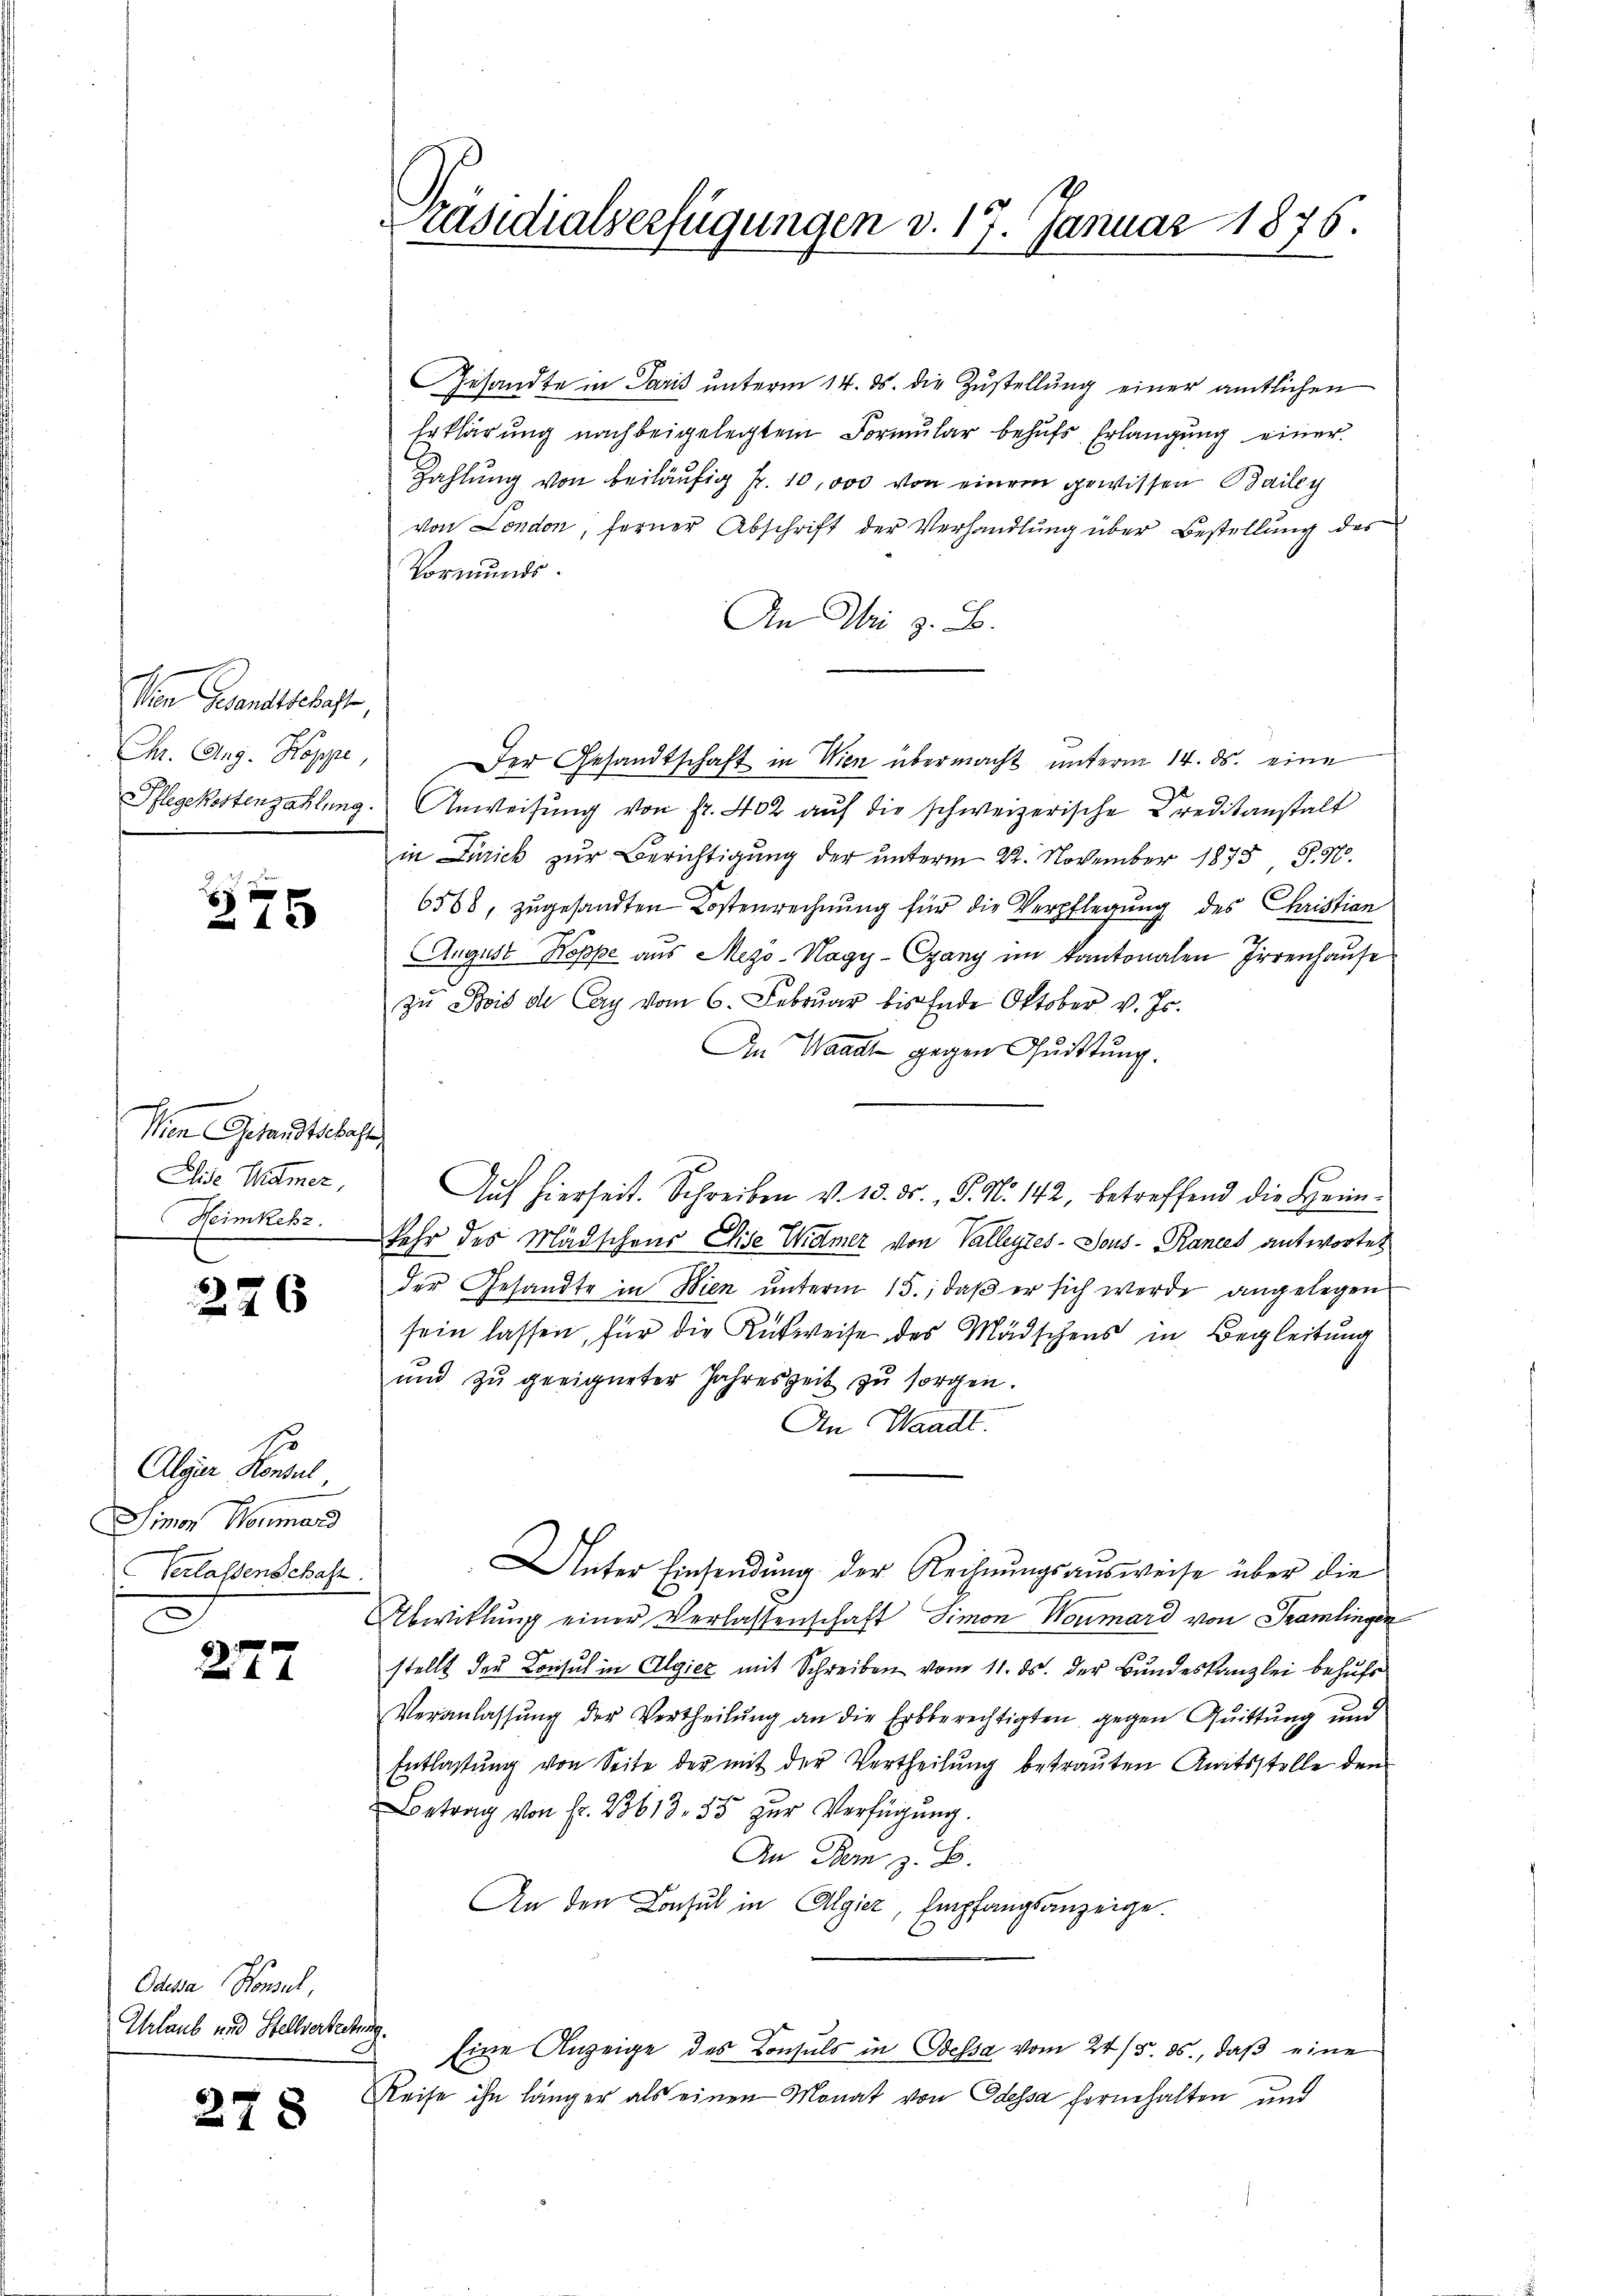
Von Gesandtschaft,
Chr. Aug. Koppe,

375

Wien Gesandtschaft
Elise Widmer,
Heimkehz.

226

E
Algur, Konsul,
Simon Neumard
Verlassenschaft.

277.

Odena Konsul,
Urlaub und Stellvertretung.

278

Gesandte in Paris unterm 14. ds. die Zustellung einer amtlichen
Erklärung nach beigelegtem Formŭlar behŭfs Erlangung einer
Zahlung von beiläufig pr. 10,000 von einem gewissen Bailey
von London, ferner Abschrift der Verhandlung über Bestellung des
Vormunds
An Wir z. B.
Der Gesandtschaft in Wien übermacht unterm 14. ds. eine
Pflegekostenzahlung. Anweisung von fr. 402 aŭf die schweizerische Kreditanstalt
in Zürick zur Berichtigung der ŭnterm 22. November 1873 S. 10.
6568, zugesandten Kostenrechnung für die Verpflegung des Christian
August Koppe aus Mezö-Nagy-Egany im Kantonalen Irrenhause
zu Bois die Cay vom 6. Februar bis Ende Oktober v. Js.
An Waadt gegen Quittung.
Auf hierheit. Schreiben v. 13. ds., S. N. 142, betreffend die Heim¬
Sehr des Mädschens Eise Widmer von Valleytes - Sous-Rances antwortes
der Gesandte in Wien unterm 15., daß er sich werde angelegen
sein lassen, für die Rusweise des Mädchens in Begleitung
und zŭ geeigneter Jahreszeit zŭ sorgen.
An Waadt.
Unter Einsendung der Rechnungsausweise über die
Abwitlung einer Verlassenschaft Simon Neumard von Tramlinger
stellt des Consul in Algiez mit Schreiben vom 11. ds. der Bundeskanzlei behufs
Veranlassŭng der Vertheilŭng an die Erbberechtigten gegen Quittung und
Entlassung von Seite der mit der Vertheilung betrauten Amtsstelle den
Betrag von Fr. 23613. 55 zur Verfügung.
An Dein z. B.
An den Consul in Algier, Empfangsanzeige.
Eine Anzeige des Consuls in Odessa vom 24/5. ds., daß eine
Reise ihn länger als einen Monat von Odessa fernehalten und

Präsidialverfügungen d. 17. Januar 1876.